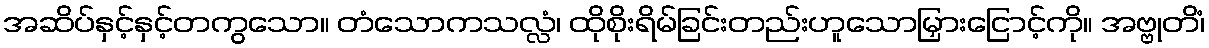
အဆိပ်နှင့်နှင့်တကွသော။ တံသောကသလ္လံ၊ ထိုစိုးရိမ်ခြင်းတည်းဟူသောမြှားငြောင့်ကို။ အဗ္ဗုတိံ၊